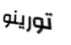
تورينو